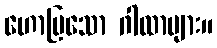
ဟောပြသော ဂါထာများ။